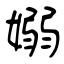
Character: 嫋